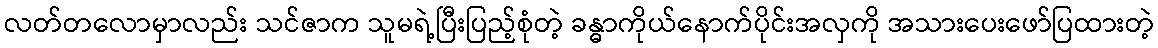
လတ်တလောမှာလည်း သင်ဇာက သူမရဲ့ပြီးပြည့်စုံတဲ့ ခန္ဓာကိုယ်နောက်ပိုင်းအလှကို အသားပေးဖော်ပြထားတဲ့